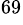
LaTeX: ^{69}